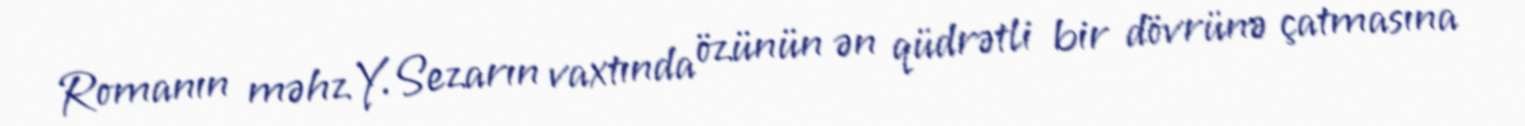
Romanın məhz Y.Sezarın vaxtında özünün ən qüdrətli bir dövrünə çatmasına